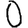
Digit: 0